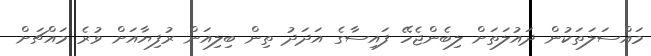
މައްސަލަތަކުން ދައުލަތަށް ލިބެންޖެހޭ ފައިސާގެ އަދަދު ތިން ބިލިއަން ރުފިޔާއަށް ވުރެ މައްޗަށް